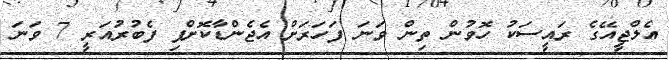
އެލްޖީއޭގެ ރައީސަކު ހޮވުން ތިން ވަނަ ފަހަރަށް އެޖެންޑާކޮށްފި ފެބުރުއަރީ 7 ވަނަ